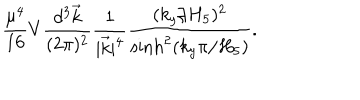
{ \frac { \mu ^ { 4 } } { 1 6 } } V { \frac { d ^ { 3 } \vec { k } } { ( 2 \pi ) ^ { 2 } } } { \frac { 1 } { | \vec { k } | ^ { 4 } } } { \frac { ( k _ { y } / H _ { 5 } ) ^ { 2 } } { \mathrm { s i n h } ^ { 2 } ( k _ { y } \pi / H _ { 5 } ) } } .